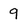
Character: 9